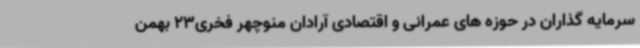
سرمایه گذاران در حوزه های عمرانی و اقتصادی آرادان منوچهر فخری23 بهمن